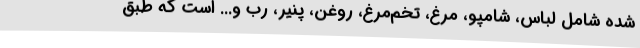
شده شامل لباس، شامپو، مرغ، تخم‌مرغ، روغن، پنیر، رب و... است که طبق